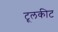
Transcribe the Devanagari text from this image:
टूलकीट